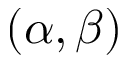
( \alpha , \beta )